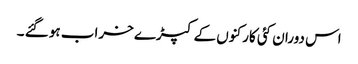
اس دوران کئی کارکنوں کے کپڑے خراب ہو گئے ۔